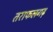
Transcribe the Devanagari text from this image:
तराफलगढ़